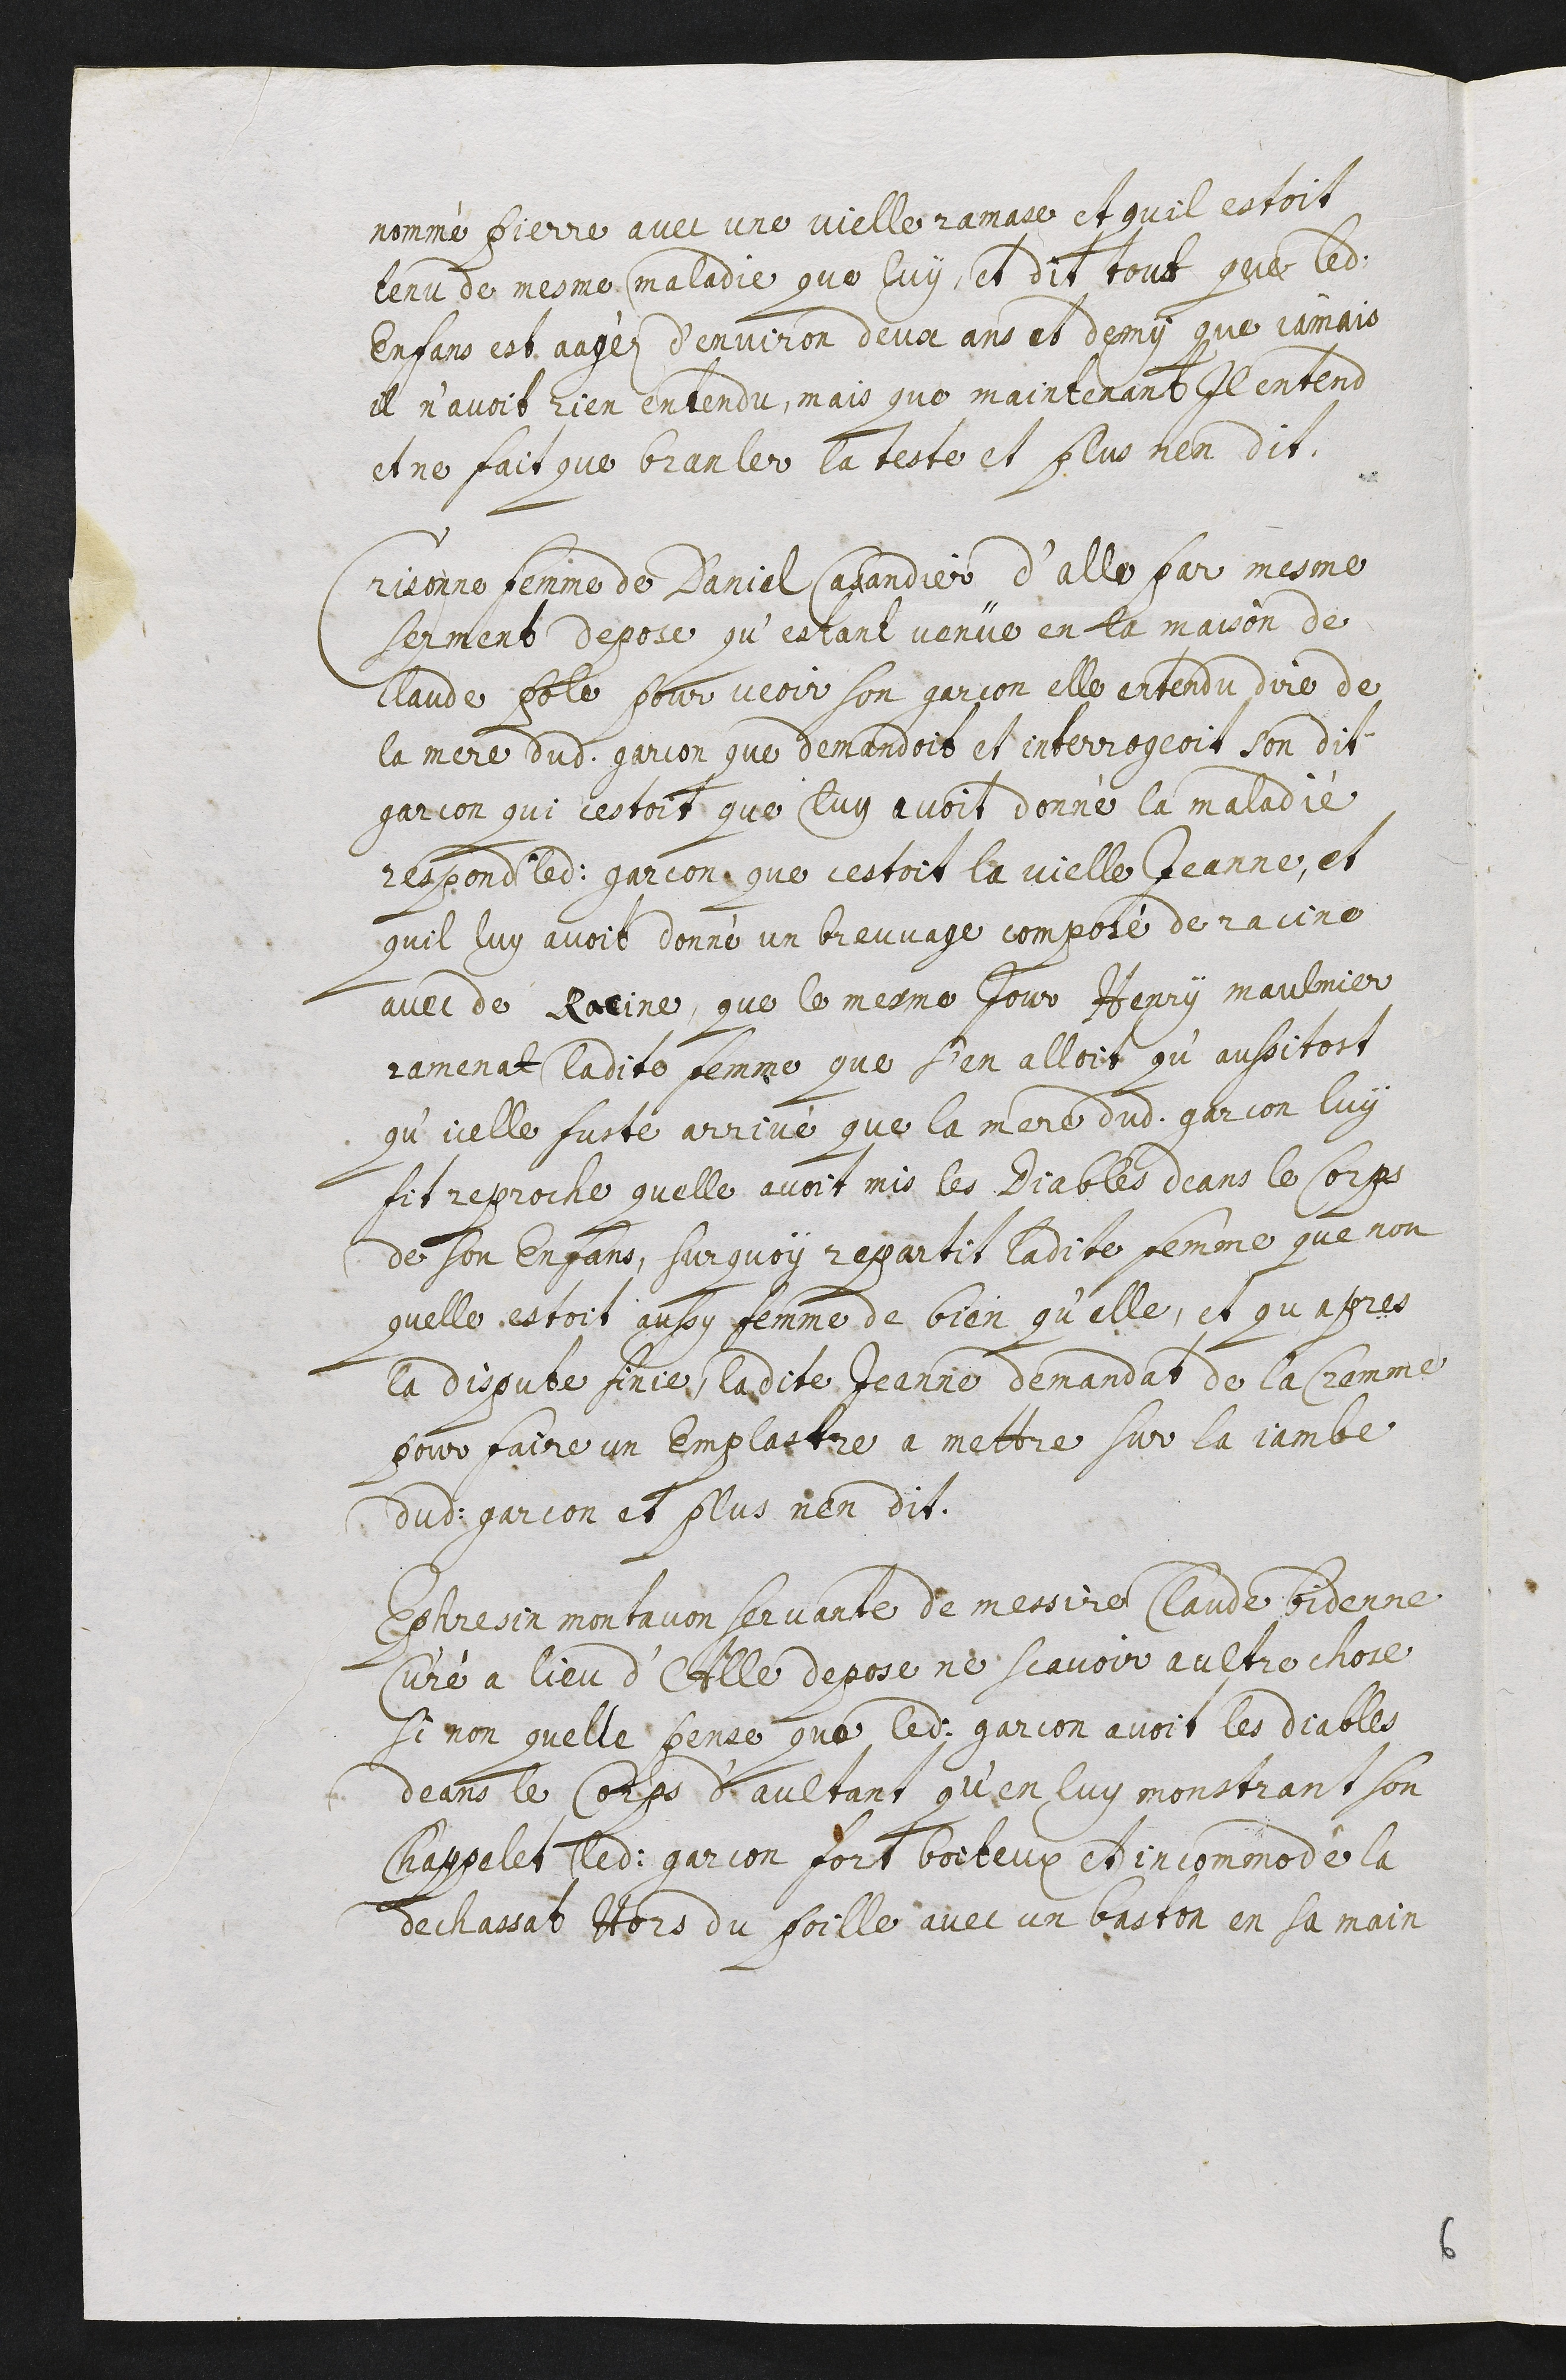
nommé Pierre avec une vielle ramase et qu’il estoit
tenu de mesme maladie que luy, et dit tout que ledit
enfans est aagéz d’environ deux ans et demy que jamais
il n’avoit rien entendu, mais que maintenant il entend
et ne fait que branler la teste et plus n’en dit.
Crisonne femme de Daniel Cusandier d’Alle par mesme
serment depose qu’estant venue en la maison de
Claude Pole pour veoir son garcon elle entendu dire de
la mere dudit garcon que demandoit et interrogeoit son dit
garcon qui c’estoit que luy avoit donné la maladie
respond ledit garcon que c’estoit la vielle Jeanne, et
qu’il luy avoit donné un breuvage composé de racine
avec de racine que le mesme jour Henry Maulmier
ramenat ladite femme que s’en alloit qu’aussitost
qu’icelle fuste arrivé que la mere dudit garcon luy
fit reproche qu’elle avoit mis les Diables deans le corps
de son enfans, sur quoy repartit ladite femme que non
qu’elle estoit aussy femme de bien qu’elle, et qu’apres
la dispute finie, ladite Jeanne demandat de la cremme
pour faire un emplastre a mettre sur la jambe
dudit garcon et plus n’en dit.
Ephresin Montavon servante de messire Claude Bidenne
curé a lieu d’Alle depose ne scavoir aultre chose
si non qu’elle pense que ledit garcon avoit les diables
deans le corps d’aultant qu’en luy monstrant son
chappelet ledit gracon fort boiteux et incommodé la
dechassat hors du poille avec un baston en sa main